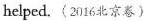
helped.(2016北京卷)